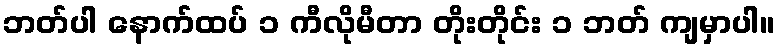
ဘတ်ပါ နောက်ထပ် ၁ ကီလိုမီတာ တိုးတိုင်း ၁ ဘတ် ကျမှာပါ။